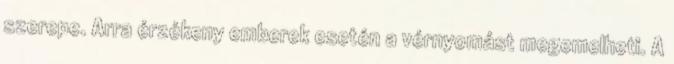
szerepe. Arra érzékeny emberek esetén a vérnyomást megemelheti. A